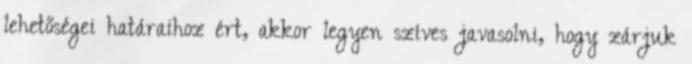
lehetőségei határaihoz ért, akkor legyen szíves javasolni, hogy zárjuk